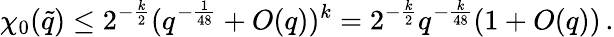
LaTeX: \chi_{0}(\tilde{q})\le 2^{-\frac{k}{2}}(q^{-\frac{1}{48}}+O(q))^{k}=2^{-\frac{k}{2}}q^{-\frac{k}{48}}(1+O(q))\, .